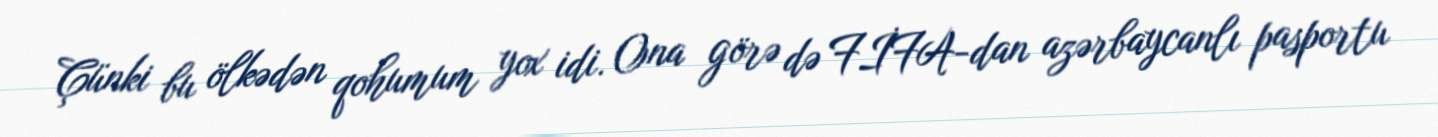
Çünki bu ölkədən qohumum yox idi. Ona görə də FİFA-dan azərbaycanlı pasportu